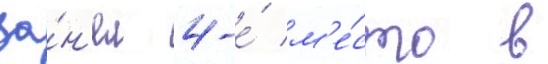
за́н'ял 4-е́ м'е́сто в